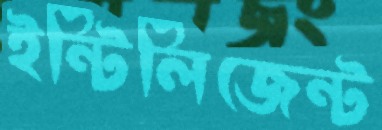
ইন্টিলিজেন্ট